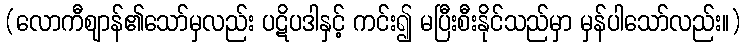
(လောကီဈာန်၏သော်မှလည်း ပဋိပဒါနှင့် ကင်း၍ မပြီးစီးနိုင်သည်မှာ မှန်ပါသော်လည်း။)